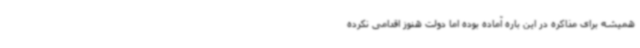
همیشه برای مذاکره در این باره آماده بوده اما دولت هنوز اقدامی نکرده